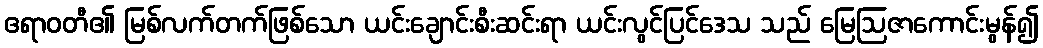
ဧရာဝတီ၏ မြစ်လက်တက်ဖြစ်သော ယင်းချောင်းစီးဆင်းရာ ယင်းလွင်ပြင်ဒေသ သည် မြေဩဇာကောင်းမွန်၍